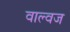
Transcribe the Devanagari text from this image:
वाल्वज